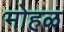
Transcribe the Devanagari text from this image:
मोहळ